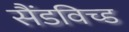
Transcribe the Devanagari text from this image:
सैंडविच्ड